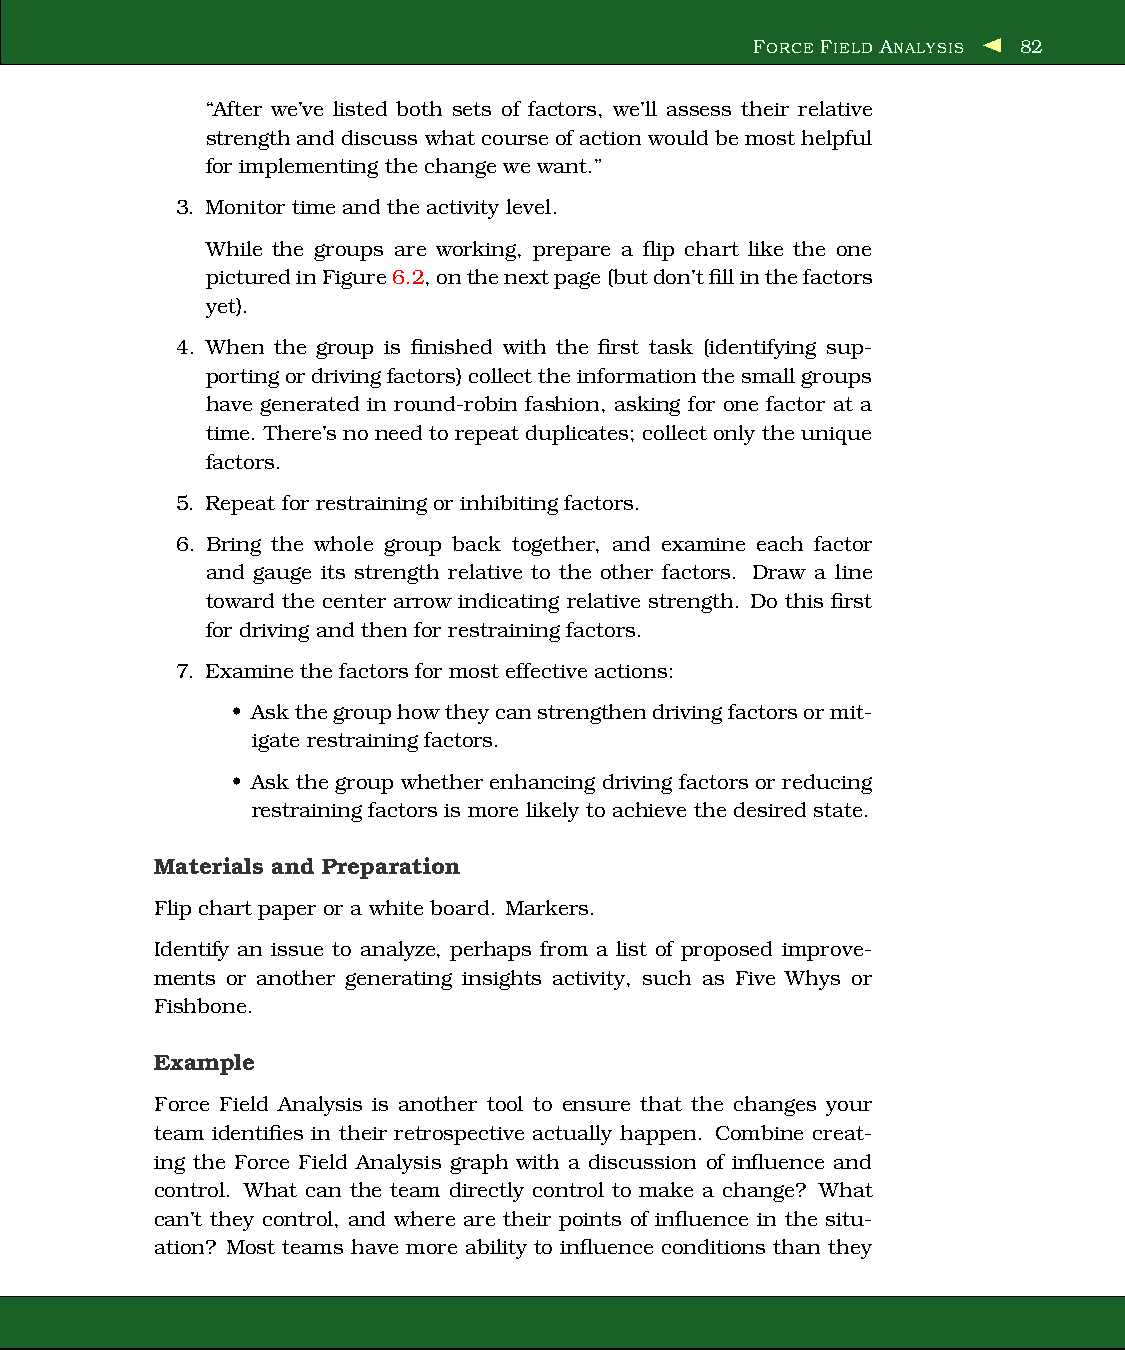
FORCE FIELD ANALYSIS 82
 “After we’ve listed both sets of factors, we’ll assess their relative
 strengthand discuss what course of action would be most helpful
 for implementing the change we want.”
 3. Monitor time and the activity level.
 While the groups are working, prepare a flip chart like the one
 picturedinFigure6.2,onthenextpage(butdon’tfillinthefactors
 yet).
 4. When the group is finished with the first task (identifying sup-
 portingordrivingfactors)collect theinformationthesmall groups
 have generated in round-robin fashion, asking for one factor at a
 time. There’snoneedtorepeatduplicates; collect only theunique
 factors.
 5. Repeat for restraining or inhibiting factors.
 6. Bring the whole group back together, and examine each factor
 and gauge its strength relative to the other factors. Draw a line
 toward the center arrow indicating relative strength. Do this first
 for driving and then for restrainingfactors.
 7. Examine the factors for most effective actions:
 • Askthegrouphowtheycanstrengthendrivingfactorsormit-
 igate restrainingfactors.
 • Ask the group whether enhancing driving factors or reducing
 restrainingfactors is more likely to achieve the desired state.
 Materials and Preparation
 Flip chart paper or a white board. Markers.
 Identify an issue to analyze, perhaps from a list of proposed improve-
 ments or another generating insights activity, such as Five Whys or
 Fishbone.
 Example
 Force Field Analysis is another tool to ensure that the changes your
 team identifies in their retrospective actually happen. Combine creat-
 ing the Force Field Analysis graph with a discussion of influence and
 control. What can the team directly control to make a change? What
 can’t they control, and where are their points of influence in the situ-
 ation? Most teams have more ability to influence conditions than they